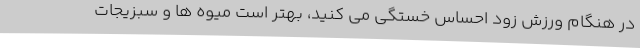
در هنگام ورزش زود احساس خستگی می کنید، بهتر است میوه ها و سبزیجات